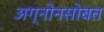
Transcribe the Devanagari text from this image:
अग्नोनसोबत